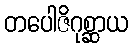
တပေါဇိဂုစ္ဆာယ